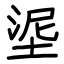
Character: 埿